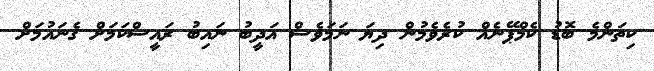
ކިތަންމެ ބޮޑު ކެމްޕޭނެއް ކުރެވެމުން ދިޔަ ނަމަވެސް އަދީބު ނައިބު ރައީސްކަމަށް ގެނައުމަށް